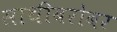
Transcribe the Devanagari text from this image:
साथीबरोबर